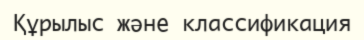
Құрылыс және классификация